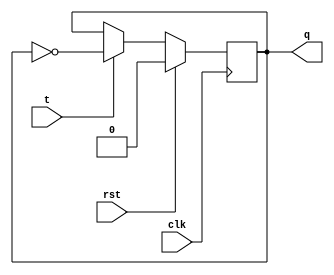
`timescale 1ns / 1ps
//////////////////////////////////////////////////////////////////////////////////
// Company: 
// Engineer: 
// 
// Design Name: 
// Module Name:    t_ff 
// Project Name: 
// Target Devices: 
// Tool versions: 
// Description: 
//
// Dependencies: 
//
// Revision: 
// Revision 0.01 - File Created
// Additional Comments: 
//
//////////////////////////////////////////////////////////////////////////////////
module t_ff(
    input t,clk,rst,
    output reg q
    );
always@(negedge clk)
begin

if(rst==1) begin
q=1'b0; end
else
if(t==0) begin
q=q; end
else if(t==1) begin
q=~q; end	
end
endmodule